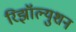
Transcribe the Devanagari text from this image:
रिझॉल्युशन